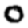
Digit: 0